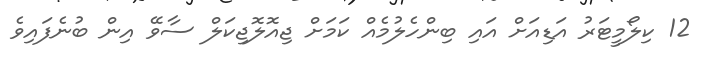
12 ކިލޯމީޓަރު އަޑިއަށް އައި ބިންހެލުމެއް ކަމަށް ޖިއޮލޮޖިކަލް ސާވޭ އިން ބުނެފައިވެ